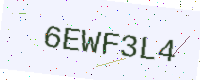
Text: 6EWF3L4